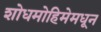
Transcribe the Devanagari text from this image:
शोधमोहिमेमधून